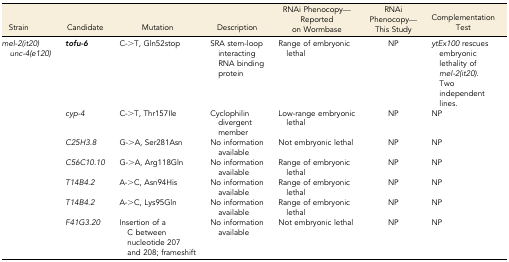
| Strain | Candidate | Mutation | Description | RNAi Phenocopy—Reported on Wormbase | RNAi Phenocopy—This Study | Complementation Test |
 | --- | --- | --- | --- | --- | --- | --- |
 | <ROWSPAN=7> mel-2(it20) unc-4(e120) | tofu-6 | C->T, Gln52stop | SRA stem-loop interacting RNA binding protein | Range of embryonic lethal | NP | ytEx100 rescues embryonic lethality of mel-2(it20). Two independent lines. |
 | cyp-4 | C->T, Thr157Ile | Cyclophilin divergent member | Low-range embryonic lethal | NP | NP |
 | C25H3.8 | G->A, Ser281Asn | No information available | Not embryonic lethal | NP | NP |
 | C56C10.10 | G->A, Arg118Gln | No information available | Range of embryonic lethal | NP | NP |
 | T14B4.2 | A->C, Asn94His | No information available | Range of embryonic lethal | NP | NP |
 | T14B4.2 | A->C, Lys95Gln | No information available | Range of embryonic lethal | NP | NP |
 | F41G3.20 | Insertion of a C between nucleotide 207 and 208; frameshift | No information available | Not embryonic lethal | NP | NP |